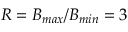
R = B _ { m a x } / B _ { m i n } = 3